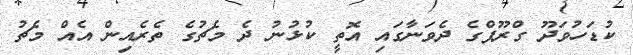
ކުޑަހުވަދޫ ގްރޫޕްގެ ދެވަނާގައި އޮތީ ކުޅުނު ދެ މެޗުގެ ތެރެއިން އެއް މެޗު